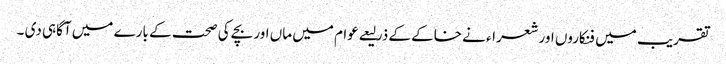
تقریب میں فنکاروں اور شعراء نے خاکے کے ذرلیعے عوام میں ماں اور بچے کی صحت کے بارے میں آگاہی دی ۔